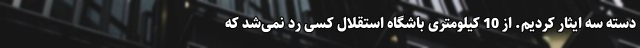
دسته سه ایثار کردیم. از 10 کیلومتری باشگاه استقلال کسی رد نمی‌شد که